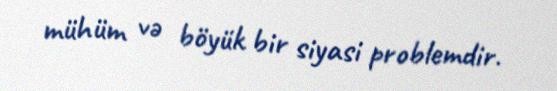
mühüm və böyük bir siyasi problemdir.